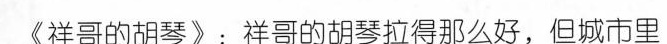
《祥哥的胡琴》：祥哥的胡琴拉得那么好，但城市里